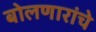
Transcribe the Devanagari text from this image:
बोलणारांचे